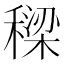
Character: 𮃡